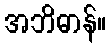
အဘိဓာန်။